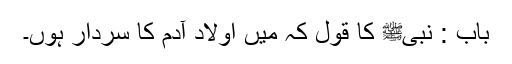
باب : نبیﷺ کا قول کہ میں اولاد آدم کا سردار ہوں۔